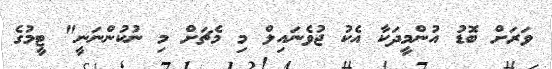
ވަރަށް ބޮޑު އުންމީދަކާ އެކު ޖުވެނައިލް މި މެޗަށް މި ނުކުންނަނީ" ޓީމުގެ